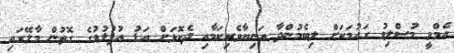
އެމްވީ މުސްލިމު ގައުމަކަށް ލިބެމުންދާ އަނިޔާވެރިކަމާއި ދެކޮޅަށް އަޑު އުފުލުމުގެ ގޮތުން މާލޭގައި